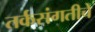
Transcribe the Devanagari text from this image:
तर्कसंगतीचे